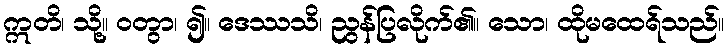
ဣတိ၊ သို့။ ဝတွာ၊ ၍။ ဒေဿသိ၊ ညွန်ပြလိုက်၏။ သော၊ ထိုမထေရ်သည်။